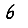
Digit: 6